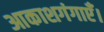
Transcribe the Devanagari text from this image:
आकाशगंगाएँ।